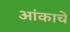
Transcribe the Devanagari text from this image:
आंकाचे